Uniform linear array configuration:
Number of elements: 64
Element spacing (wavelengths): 0.25
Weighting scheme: uniform
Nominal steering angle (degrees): -30
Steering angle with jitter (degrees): -31.178
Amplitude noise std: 0.05
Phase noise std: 0.05

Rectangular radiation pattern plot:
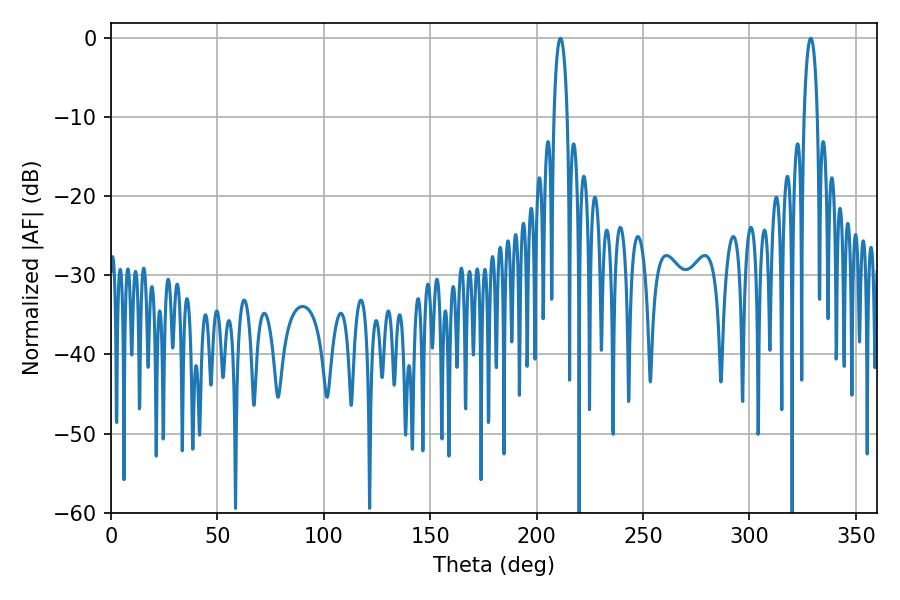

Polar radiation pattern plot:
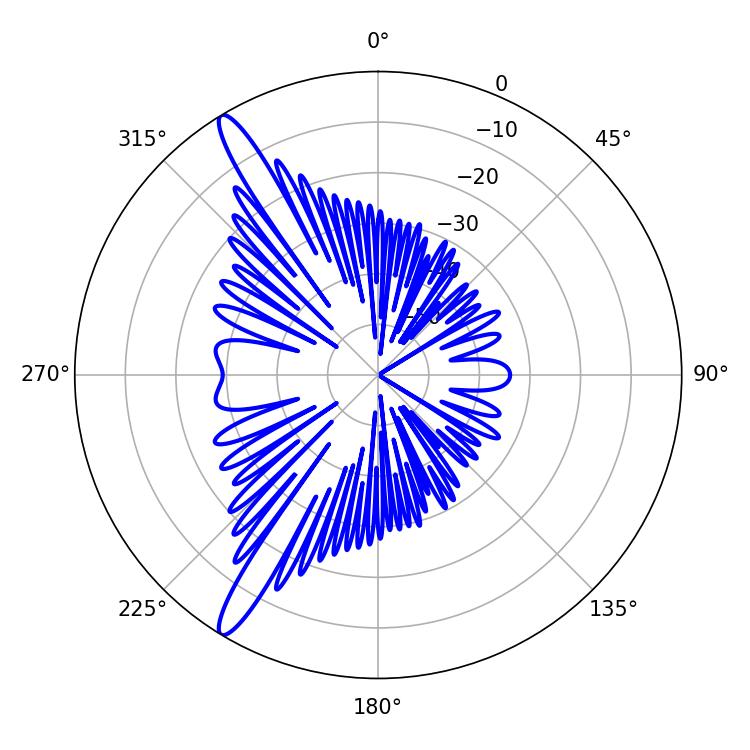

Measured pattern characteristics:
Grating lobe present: FALSE
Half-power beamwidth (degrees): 3.42
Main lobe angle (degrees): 211.14